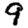
Digit: 9